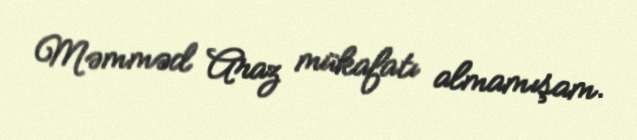
Məmməd Araz mükafatı almamışam.